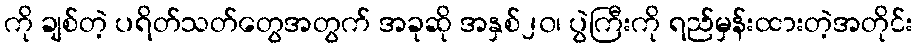
ကို ချစ်တဲ့ ပရိတ်သတ်တွေအတွက် အခုဆို အနှစ်၂၀၊ ပွဲကြီးကို ရည်မှန်းထားတဲ့အတိုင်း